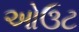
ઓઉટ